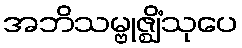
အဘိသမ္ဗုဇ္ဈိံသုပေ